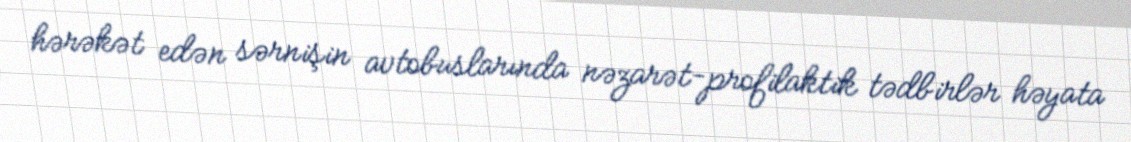
hərəkət edən sərnişin avtobuslarında nəzarət-profilaktik tədbirlər həyata